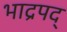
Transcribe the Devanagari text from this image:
भाद्रपद्